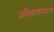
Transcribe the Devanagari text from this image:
अधिष्ठातापदाचा